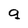
Character: q